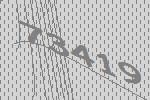
73419